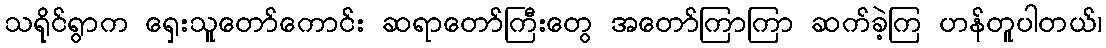
သရိုင်ရွာက ရှေးသူတော်ကောင်း ဆရာတော်ကြီးတွေ အတော်ကြာကြာ ဆက်ခဲ့ကြ ဟန်တူပါတယ်၊